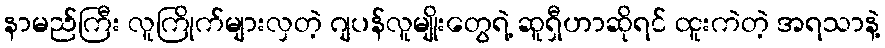
နာမည်ကြီး လူကြိုက်များလှတဲ့ ဂျပန်လူမျိုးတွေရဲ့ ဆူရှီဟာဆိုရင် ထူးကဲတဲ့ အရသာနဲ့